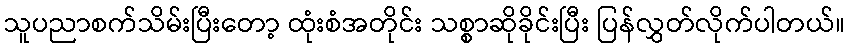
သူပညာစက်သိမ်းပြီးတော့ ထုံးစံအတိုင်း သစ္စာဆိုခိုင်းပြီး ပြန်လွှတ်လိုက်ပါတယ်။